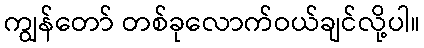
ကျွန်တော် တစ်ခုလောက်ဝယ်ချင်လို့ပါ။